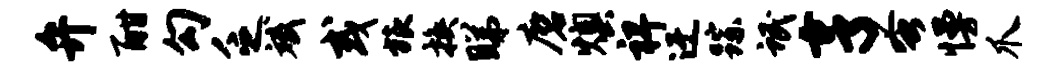
弁酣勾乏斌或旅换睇磨燠裨迂踪氓亨蚤慢爪